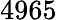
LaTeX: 4965